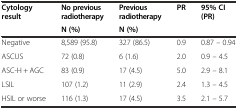
| <ROWSPAN=2> Cytology result | No previous radiotherapy | Previous radiotherapy | <ROWSPAN=2> PR | <ROWSPAN=2> 95% CI (PR) |
 | N (%) | N (%) |
 | --- | --- | --- | --- | --- |
 | Negative | 8,589 (95.8) | 327 (86.5) | 0.9 | 0.87 – 0.94 |
 | ASCUS | 72 (0.8) | 6 (1.6) | 2.0 | 0.9 – 4.5 |
 | ASC-H + AGC | 83 (0.9) | 17 (4.5) | 5.0 | 2.9 – 8.1 |
 | LSIL | 107 (1.2) | 11 (2.9) | 2.4 | 1.3 – 4.5 |
 | HSIL or worse | 116 (1.3) | 17 (4.5) | 3.5 | 2.1 – 5.7 |